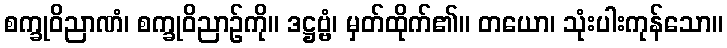
စက္ခုဝိညာဏံ၊ စက္ခုဝိညာဉ်ကို။ ဒဋ္ဌဗ္ဗံ၊ မှတ်ထိုက်၏။ တယော၊ သုံးပါးကုန်သော။